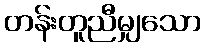
တန်းတူညီမျှသော